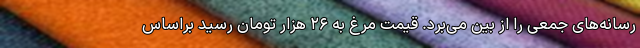
رسانه‌های جمعی را از بین می‌برد. قیمت مرغ به ۲۶ هزار تومان رسید براساس